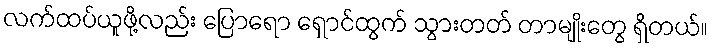
လက်ထပ်ယူဖို့လည်း ပြောရော ရှောင်ထွက် သွားတတ် တာမျိုးတွေ ရှိတယ်။